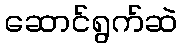
ဆောင်ရွက်ဆဲ